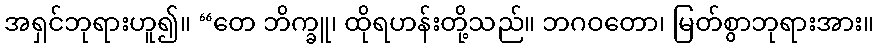
အရှင်ဘုရားဟူ၍။ “တေ ဘိက္ခူ၊ ထိုရဟန်းတို့သည်။ ဘဂဝတော၊ မြတ်စွာဘုရားအား။